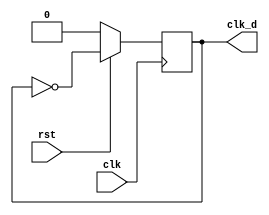
module clk_div ( clk ,rst,clk_d ); 
  output reg clk_d;
  input clk ;
  input rst;
  always @(posedge clk)
    begin
      if (~rst)
        clk_d <= 1'b0;
      else
        clk_d <= ~clk_d;	
    end
endmodule